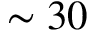
\sim 3 0